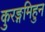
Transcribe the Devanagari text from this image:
कुरङ्गमिहुन